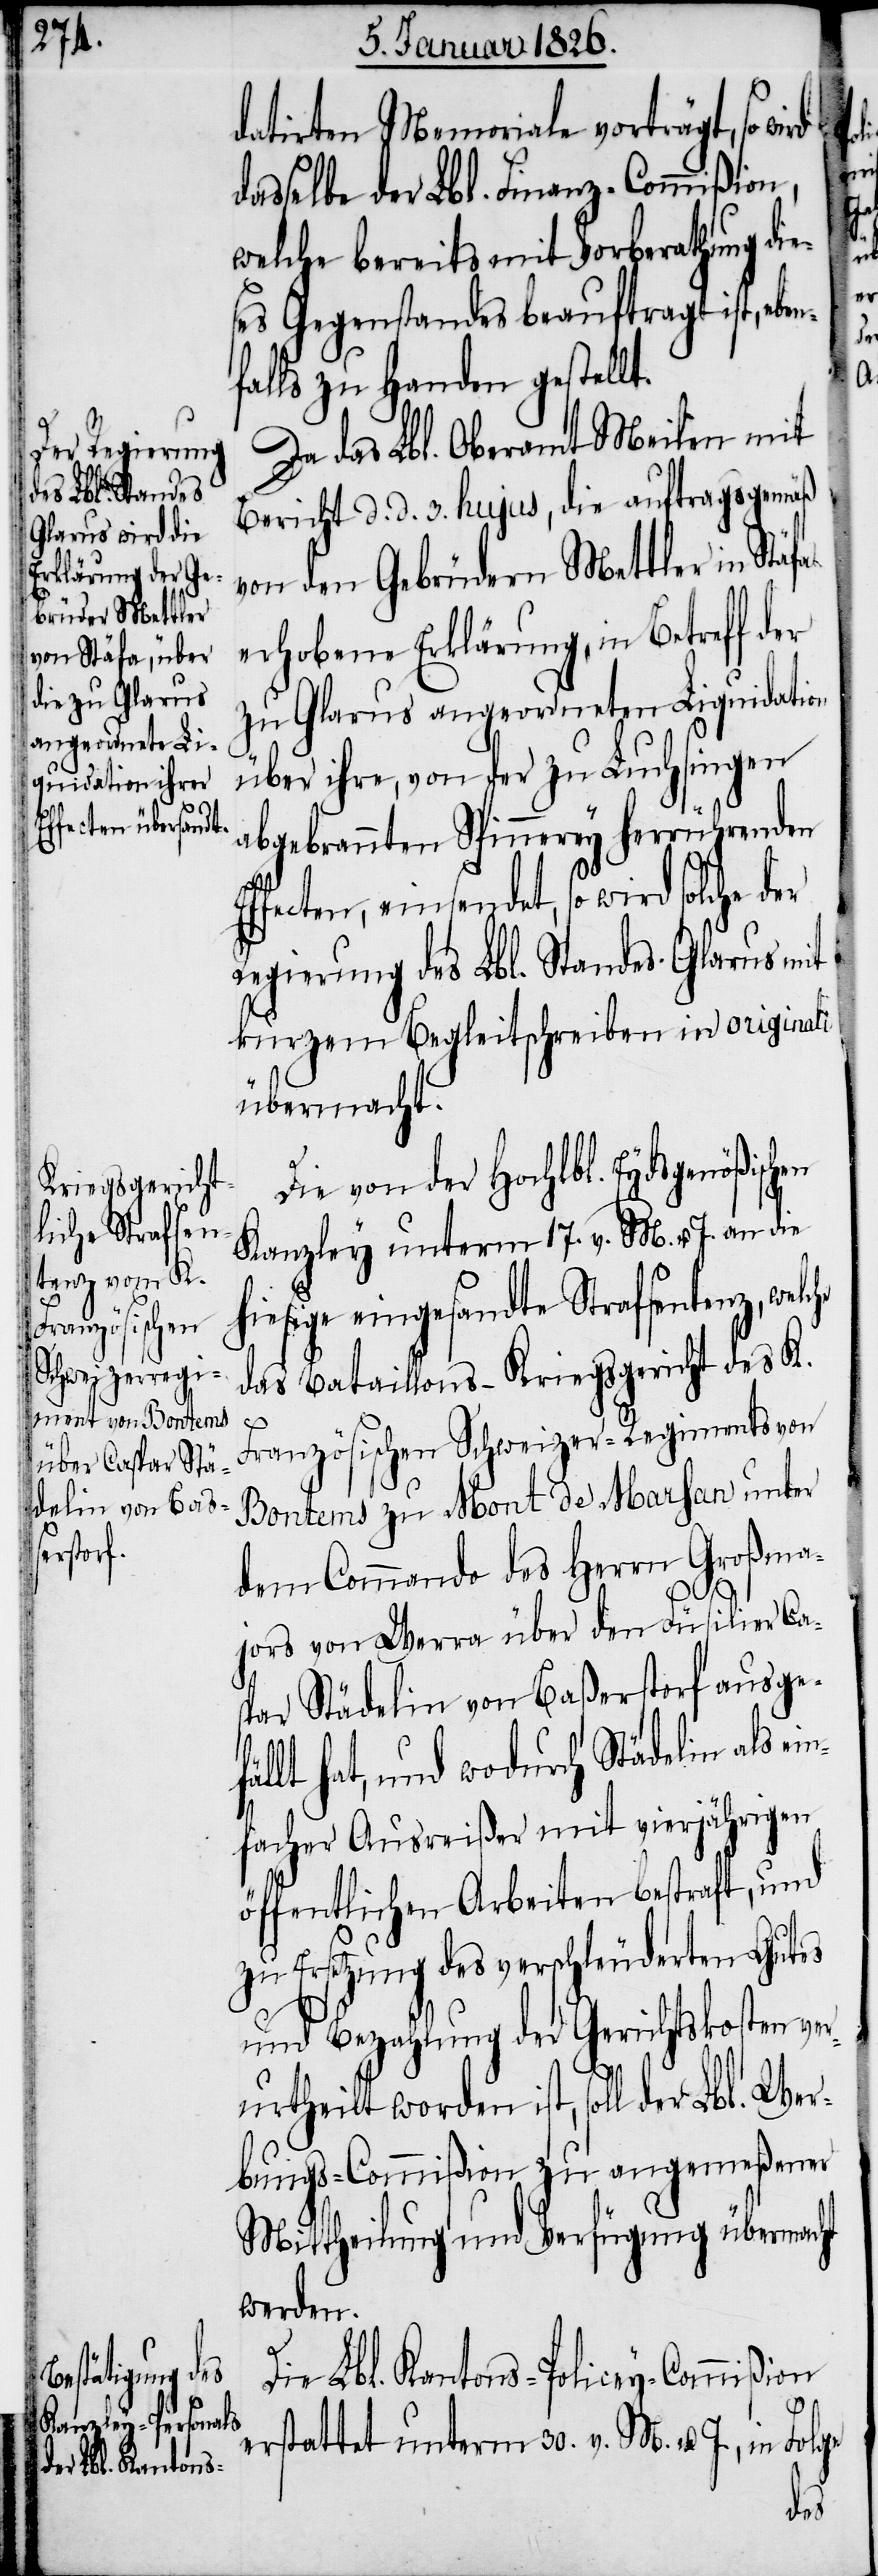
datirten Memoriale vorträgt, so wird
dasselbe der Lbl. Finanz-Commißion,
welche bereits mit Vorberathung di¬
ses Gegenstandes beauftragt ist, ebe¬
falls zu Handen gestellt.
Da das Lbl. Oberamt Meilen mit
Bericht d. d. 3. hujus, die auftragsgemäß
von den Gebrüdern Mettler in Stäfa
erhobene Erklärung, in Betreff d¬
zu Glarus angeordneten Liquidation
über ihre, von der zu Luchsingen
che
abgebrannten Spinnerey herrührenden
einsendet, so wird solche
Regierung des Lbl. Standes Glarus mit
kurzem Begleitschreiben in originali
übermacht.
Die von der Hochlbl. Eydsgenößischen
Kanzley unterm 17. v. M. u. J. an die
hiesige eingesandte Strafsentenz, wel¬
das Bataillons-Kriegsgericht des K.
er
Französischen Schweizer-Regiments von
Bontems zu Mont de Marsan unter
dem Commando des Herrn Großma¬
jors von Werra über den Füsilier Ca¬
spar Städelin von Baßerstorf ausgef¬
ällt hat, und wodurch Städelin als ei¬
nfacher Ausreißer mit vierjährigen
öffentlichen Arbeiten bestraft, und
zur Ersetzung des verschleuderten Gutes
und Bezahlung der Gerichtskosten ver¬
urtheilt worden ist, soll der Lbl. Wer¬
bungs-Commißion zu angemeßener
Mittheilung und Verfügung übermacht
werden.
Die Lbl. Kantons-Policey-Commißion
erstattet unterm 30. v. M. u. J., in Folge
der

n¬